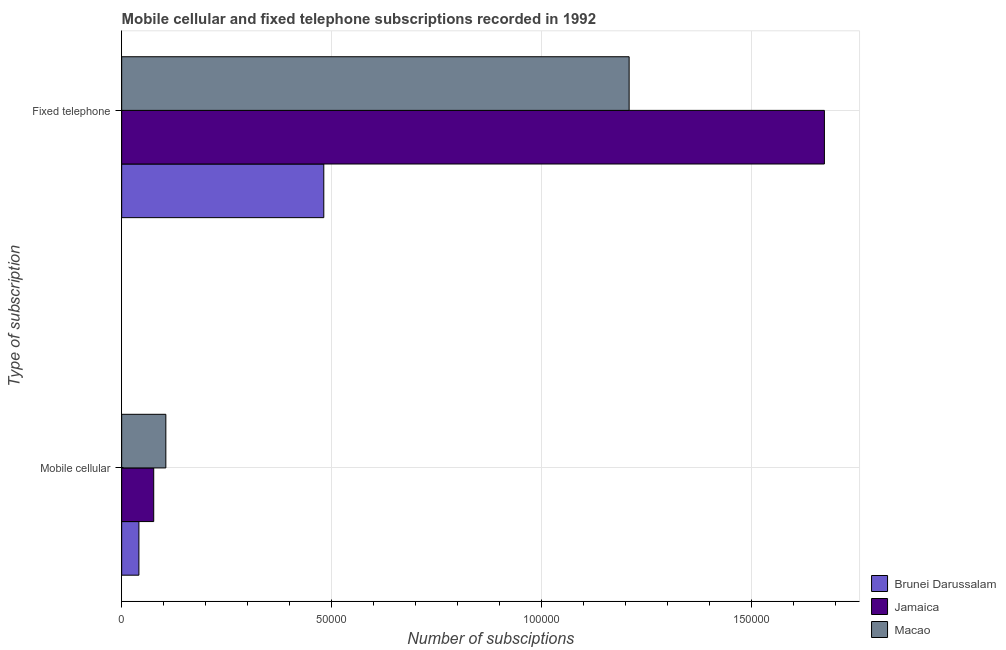
| Type of subscription | Brunei Darussalam | Jamaica | Macao |
 | --- | --- | --- | --- |
 | Mobile cellular | 4.1e+03 | 7.63e+03 | 1.05e+04 |
 | Fixed telephone | 4.81e+04 | 1.67e+05 | 1.21e+05 |